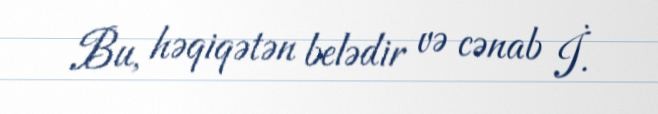
Bu, həqiqətən belədir və cənab İ.